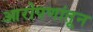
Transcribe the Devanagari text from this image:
आरोपणांतून